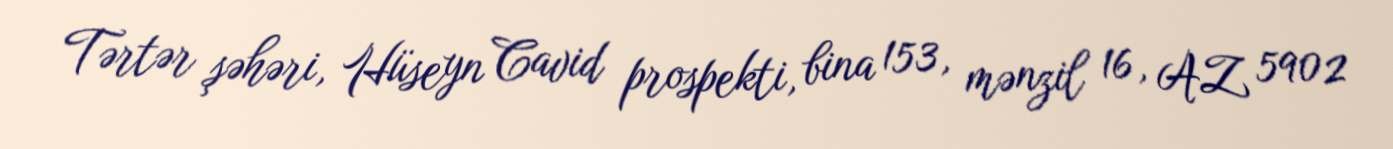
Tərtər şəhəri, Hüseyn Cavid prospekti, bina 153, mənzil 16, AZ 5902